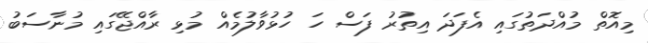
މިއޮތް މުއްދަތުގައި އެފަދަ އިތުރު ފަސް ހަ ހުޅުވާލުމެއް މުޅި ރާއްޖޭގައި މުނާސަބު